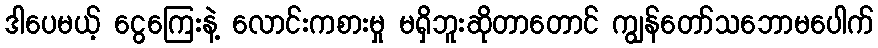
ဒါပေမယ့် ငွေကြေးနဲ့ လောင်းကစားမှု မရှိဘူးဆိုတာတောင် ကျွန်တော်သဘောမပေါက်